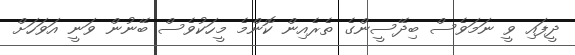
ދީފައި ވީ ނަމަވެސް ބިދޭސީންގެ ތެރެއިން ކޮންމެ މީހަކުވެސް ބޭނުން ވަނީ އަވަހަށް